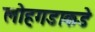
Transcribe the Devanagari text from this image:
लोहगडाकडे